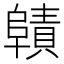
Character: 𮥜